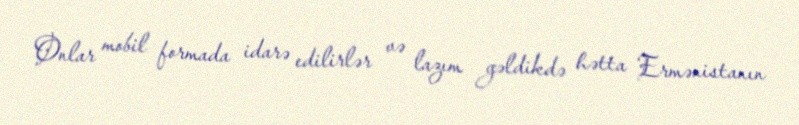
Onlar mobil formada idarə edilirlər və lazım gəldikdə hətta Ermənistanın